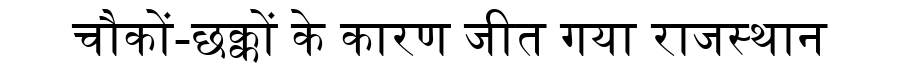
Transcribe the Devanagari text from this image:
चौकों-छक्कों के कारण जीत गया राजस्थान